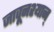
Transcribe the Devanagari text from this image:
जावूनश्यान्